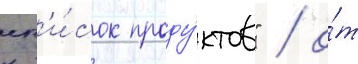
сп'и́сок проду́ктов" / о́т